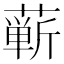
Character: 蕲